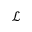
\mathcal { L }